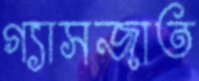
গ্যাসজাত